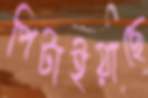
পিটাইয়াছে